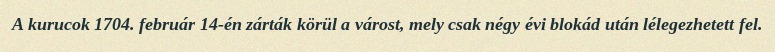
A kurucok 1704. február 14-én zárták körül a várost, mely csak négy évi blokád után lélegezhetett fel.